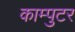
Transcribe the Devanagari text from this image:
काम्पुटर